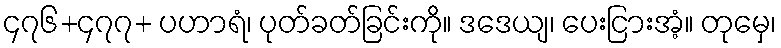
၄၇၆+၄၇၇+ ပဟာရံ၊ ပုတ်ခတ်ခြင်းကို။ ဒဒေယျ၊ ပေးငြားအံ့။ တုမှေ၊